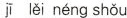
jī lěi néng shǒu